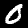
Label: 0